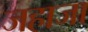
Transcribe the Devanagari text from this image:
जहाजा